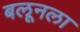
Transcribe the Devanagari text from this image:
बलूनला